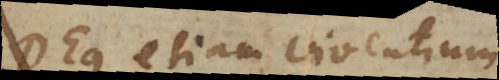
Deus etiam viventium